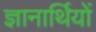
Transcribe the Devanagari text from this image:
ज्ञानार्थियों